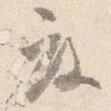
度